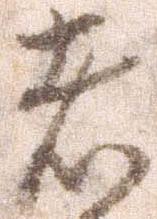
者